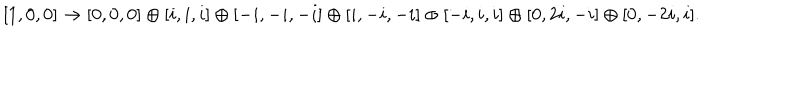
[ 1 , 0 , 0 ] \to [ 0 , 0 , 0 ] \oplus [ i , i , i ] \oplus [ - i , - i , - i ] \oplus [ i , - i , - i ] \oplus [ - i , i , i ] \oplus [ 0 , 2 i , - i ] \oplus [ 0 , - 2 i , i ] .